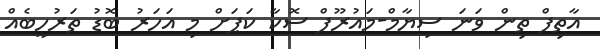
އާތިފް ތިން ވަނަ ސިޔާމް-މައުރޫފް ސޮކާ ކަޕަށް މި އަހަރު ބޮޑު ތަރުހީބެއް